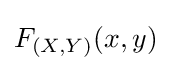
F_{(X,Y)}(x,y)